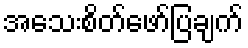
အသေးစိတ်ဖော်ပြချက်